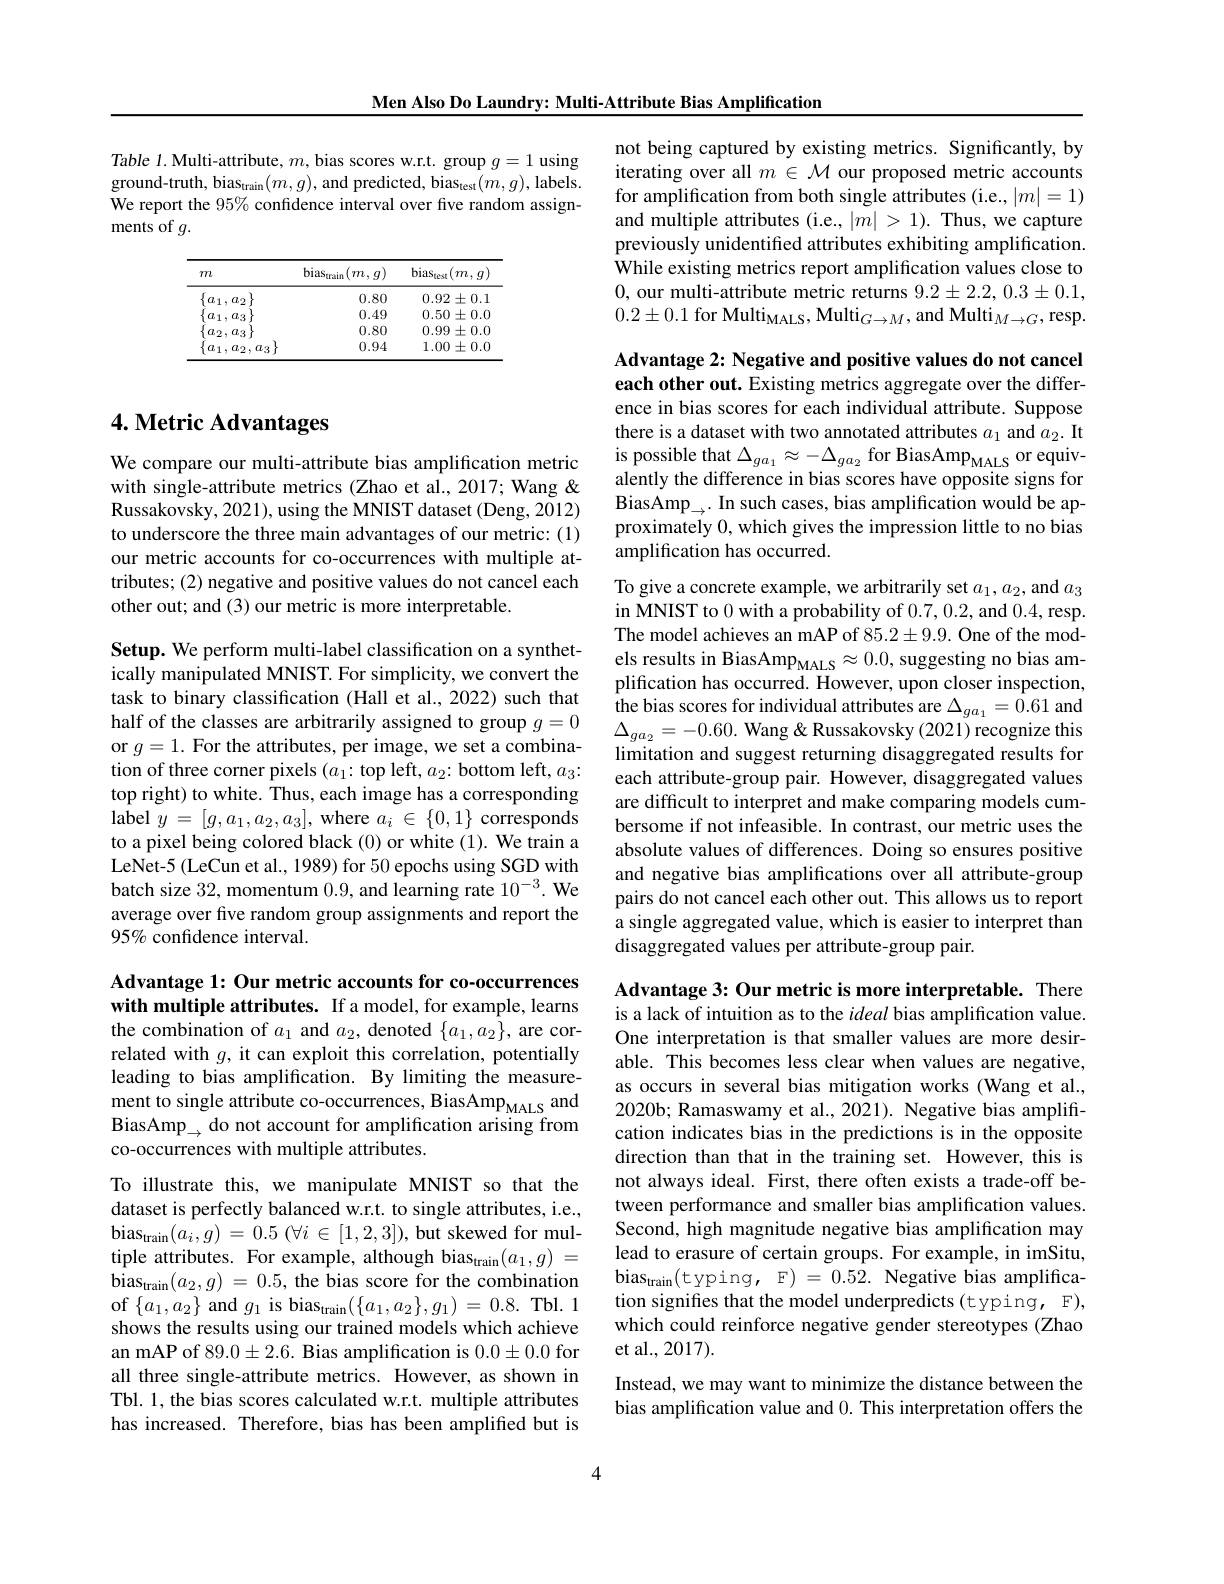
Men Also Do Laundry: Multi-Attribute Bias Amplification

Table 1. Multi-attribute, $m$, bias scores w.r.t. group $g=1$ using ground-truth, bias$_\mathrm{train}(m,g)$, and predicted, bias$_\mathrm{test}(m,g)$, labels. We report the 95% confidence interval over five random assign- ${\mathrm{ments~of~}g.}$

<table>
	<tbody>
		<tr>
			<th>$m$</th>
			<th>bias$_{\mathrm{train}}$ $_1(m,g)$</th>
			<th>bias$_\mathrm{test}$ $(m$, $,g$</th>
		</tr>
		<tr>
			<td>$\left[a_{1},a_{2}\right]$</td>
			<td>0.80</td>
			<td>$0.92\pm0.\mathbf{I}$</td>
		</tr>
		<tr>
			<td>$a_1,a_3$</td>
			<td>0.49</td>
			<td>$0.50\pm0.0$</td>
		</tr>
		<tr>
			<td>$a_2,a_3$</td>
			<td>0.80</td>
			<td>$0.99\pm0.0$</td>
		</tr>
		<tr>
			<td>$a_{1}$ $a_{2},a_{3}$</td>
			<td>0.94</td>
			<td>1.00 $0\pm0.0$</td>
		</tr>
	</tbody>
</table>

# 4. Metric Advantages

We compare our multi-attribute bias amplification metric with single-attribute metrics (Zhao et al., 2017; Wang & Russakovsky, 2021), using the MNIST dataset (Deng, 2012) to underscore the three main advantages of our metric: (1) our metric accounts for co-occurrences with multiple attributes; (2) negative and positive values do not cancel each other out; and (3) our metric is more interpretable.

Setup. We perform multi-label classification on a synthetically manipulated MNIST. For simplicity, we convert the task to binary classification (Hall et al., 2022) such that half of the classes are arbitrarily assigned to group $g=0$ or $g=1.$ For the attributes, per image, we set a combination of three corner pixels $(a_1:$top left, $a_2:$ bottom left, $a_3:$ top right) to white. Thus, each image has a corresponding label $y=[g,a_1,a_2,a_3]$, where $a_i\in\{0,1\}$ corresponds to a pixel being colored black (0) or white (1). We train a LeNet-5 (LeCun et al., 1989) for 50 epochs using SGD with batch size 32, momentum 0.9, and learning rate $10^{-3}.$ We average over five random group assignments and report the 95% confidence interval.

Advantage 1: Our metric accounts for co-0ccurrences with multiple attributes. If a model, for example, learns the combination of $a_1$ and $a_2$, denoted $\{a_1,a_2\}$, are correlated with $g$, it can exploit this correlation, potentially leading to bias amplification. By limiting the measurement to single attribute co-occurrences, BiasAmp$_{\mathrm{MALS}}$ and BiasAmp$\underset\to{\operatorname*{do}}$ not account for amplification arising from co-occurrences with multiple attributes.

To illustrate this, we manipulate MNIST so that the dataset is perfectly balanced w.r.t. to single attributes, i.e., $\mathrm{bias}_{\mathrm{train}}( a_{i}, g) = 0. 5$ $( \forall i\in [ 1, 2, 3] ) $,but skewed for multiple attributes. For example, although bias$_\mathrm{train}(a_1,g)=$ $\hat{\mathrm{bias}} _{\mathrm{train}}( a_{2}, g)$ = 0.5, the bias score for the combination of $\{a_1,a_2\}$ and $g_1$ is bias$_\mathrm{train}(\{a_1,a_2\},g_1)=0.8.$Tbl.1 shows the results using our trained models which achieve an mAP of 89.0±2.6. Bias amplification is $0.0\pm0.0$ for all three single-attribute metrics. However, as shown in Tbl. 1, the bias scores calculated w.r.t. multiple attributes has increased. Therefore, bias has been amplified but is

not being captured by existing metrics. Significantly, by iterating over all $m\in\mathcal{M}$ our proposed metric accounts for amplification from both single attributes (i.e., |m|=1) and multiple attributes (i.e., $|m|>1).$ Thus, we capture previously unidentified attributes exhibiting amplification. While existing metrics report amplification values close to 0, our multi-attribute metric returns $9.2\pm2.2,0.3\pm0.1$, $0.2\pm0.1\text{ for Multi}_{\text{MALS}}$,Multi$_G\to M$,and Multi$_M\to G$,resp.

Advantage 2: Negative and positive values do not cancel

each other out. Existing metrics aggregate over the difference in bias scores for each individual attribute. Suppose there is a dataset with two annotated attributes $a_1$ and $a_2.$ It is possible that $\Delta_{ga_1}\approx-\Delta_{ga_2}$ for BiasAmp$_{\mathrm{MALS}}$ or equivalently the difference in bias scores have opposite signs for $\operatorname*{BiasAmp}_{\rightarrow}.$ In such cases, bias amplification would be approximately 0, which gives the impression little to no bias amplification has occurred.

To give a concrete example, we arbitrarily set $a_1,a_2$,and $a_3$ in MNIST to 0 with a probability of 0.7,0.2,and 0.4,resp. The model achieves an mAP of 85.2±9.9. One of the models results in BiasAmp$_\mathrm{MALS}\approx0.0$, suggesting no bias amplification has occurred. However, upon closer inspection, the bias scores for individual attributes are $\Delta_{ga_1}=0.61$ and $\Delta_{ga_{2}}=-0.60.$ Wang&Russakovsky (2021) recognize this limitation and suggest returning disaggregated results for each attribute-group pair. However, disaggregated values are difficult to interpret and make comparing models cumbersome if not infeasible. In contrast, our metric uses the absolute values of differences. Doing so ensures positive and negative bias amplifications over all attribute-group pairs do not cancel each other out. This allows us to report a single aggregated value, which is easier to interpret than disaggregated values per attribute-group pair.

Advantage 3: Our metric is more interpretable. There is a lack of intuition as to the ideal bias amplification value. One interpretation is that smaller values are more desirable. This becomes less clear when values are negative, as occurs in several bias mitigation works (Wang et al., 2020b; Ramaswamy et al., 2021). Negative bias amplification indicates bias in the predictions is in the opposite direction than that in the training set. However, this is not always ideal. First, there often exists a trade-off between performance and smaller bias amplification values. Second, high magnitude negative bias amplification may lead to erasure of certain groups. For example, in imSitu, $\mathrm{bias}_{\mathrm{train}}($typing, F)=0.52. Negative bias amplification signifies that the model underpredicts (typing, F), which could reinforce negative gender stereotypes (Zhao et al., 2017).
Instead, we may want to minimize the distance between the

bias amplification value and 0. This interpretation offers the

4